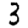
Digit: 3